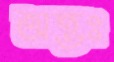
অম্ভঃ